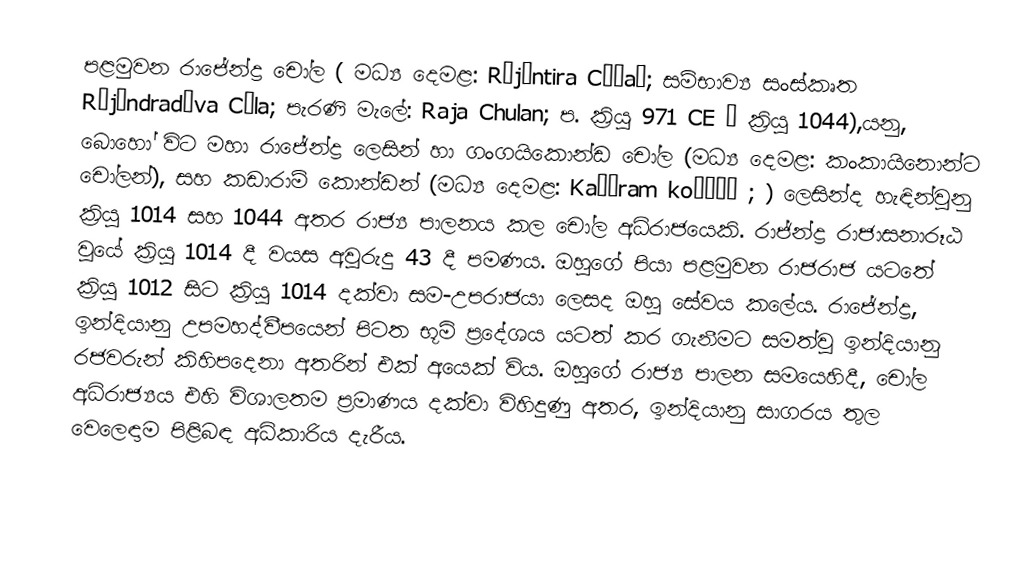
පළමුවන රාජේන්ද්‍ර චෝල  ( මධ්‍ය දෙමළ: Rājēntira Cōḻaṉ; සම්භාව්‍ය සංස්කෘත Rājēndradēva Cōla; පැරණි මැලේ: Raja Chulan; ප. ක්‍රියු 971 CE – ක්‍රියු 1044),යනු,  බොහෝ විට මහා රාජේන්ද්‍ර ලෙසින් හා ගංගයිකොන්ඩ චෝල (මධ්‍ය දෙමළ: කංකායිනොන්ට චෝලන්), සහ කඩාරාම් කොන්ඩන් (මධ්‍ය දෙමළ: Kaṭāram koṇṭāṉ ; ) ලෙසින්ද හැඳින්වුනු ක්‍රියු 1014 සහ 1044 අතර රාජ්‍ය පාලනය කල චෝල අධිරාජයෙකි.  රාජ්න්ද්‍ර රාජාසනාරූඨ වූයේ ක්‍රියු 1014 දී වයස අවුරුදු 43 දී පමණය. ඔහුගේ පියා පළමුවන රාජරාජ යටතේ ක්‍රියු 1012 සිට ක්‍රියු 1014 දක්වා සම-උපරාජයා ලෙසද ඔහු සේවය කලේය. රාජේන්ද්‍ර, ඉන්දියානු උපමහද්වීපයෙන් පිටත භූමි ප්‍රදේශය යටත් කර ගැනීමට සමත්වූ ඉන්දියානු රජවරුන් කිහිපදෙනා අතරින් එක් අයෙක් විය. ඔහුගේ රාජ්‍ය පාලන සමයෙහිදී, චෝල අධිරාජ්‍යය එහි විශාලතම ප්‍රමාණය දක්වා විහිදුණු අතර, ඉන්දියානු සාගරය තුල වෙලෙඳාම පිළිබඳ අධිකාරිය දැරීය.